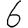
Digit: 6